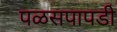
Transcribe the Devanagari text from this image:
पळसपापडी